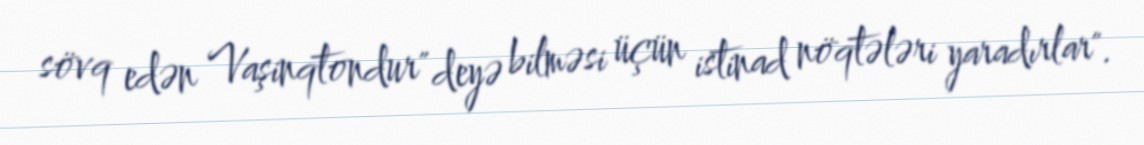
sövq edən Vaşinqtondur" deyə bilməsi üçün istinad nöqtələri yaradırlar".